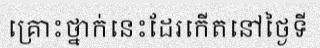
គ្រោះថ្នាក់នេះដែរកើតនៅថ្ងៃទី